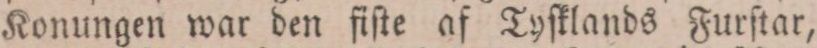
Konungen war den fiſte af Tyſklands Furſtar,